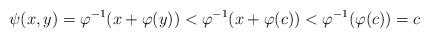
LaTeX: \begin{align*}\psi(x,y) &=\varphi^{-1}(x+\varphi(y))<\varphi^{-1}(x+\varphi(c))<\varphi^{-1}(\varphi(c))=c\end{align*}